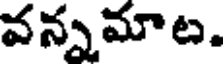
వన్నమాట.